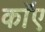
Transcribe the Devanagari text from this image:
काॅए